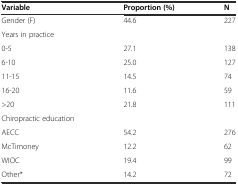
| Variable | Proportion (%) | N |
 | --- | --- | --- |
 | Gender (F) | 44.6 | 227 |
 | Years in practice |  |  |
 | 0-5 | 27.1 | 138 |
 | 6-10 | 25.0 | 127 |
 | 11-15 | 14.5 | 74 |
 | 16-20 | 11.6 | 59 |
 | >20 | 21.8 | 111 |
 | Chiropractic education |  |  |
 | AECC | 54.2 | 276 |
 | McTimoney | 12.2 | 62 |
 | WIOC | 19.4 | 99 |
 | Other* | 14.2 | 72 |